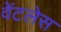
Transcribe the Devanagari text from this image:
वेंटलेस